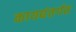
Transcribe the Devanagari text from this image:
कायद्यंतर्गत